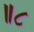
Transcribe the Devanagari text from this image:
॥८